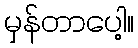
မှန်တာပေါ့။